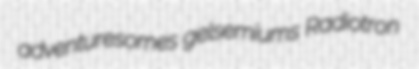
adventuresomes gelsemiums Radiotron